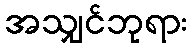
အသျှင်ဘုရား